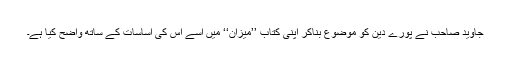
جاوید صاحب نے پورے دین کو موضوع بناکر اپنی کتاب ’’میزان‘‘ میں اسے اس کی اساسات کے ساتھ واضح کیا ہے۔